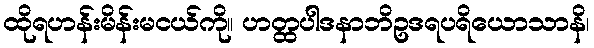
ထိုရဟန်းမိန်းမငယ်ကို။ ဟတ္ထပါဒနာဘိဥဒရပရိယောသာနိ၊